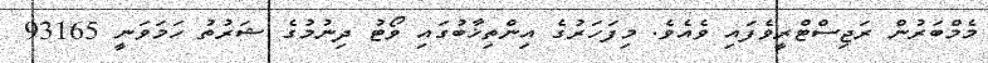
މެމްބަރުން ރަޖިސްޓްރީވެފައި ވެއެވެ. މިފަހަރުގެ އިންތިޚާބުގައި ވޯޓު ދިނުމުގެ ޝަރުތު ހަމަވަނީ 93165